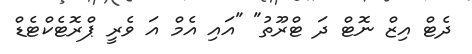
ދެޓް އިޒް ނޮޓް ދަ ޓްރޫތު" "އައި އެމް އަަ ވެރީ ޕްރޮޓެކްޓެޑް